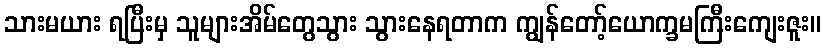
သားမယား ရပြီးမှ သူများအိမ်တွေသွား သွားနေရတာက ကျွန်တော့်ယောက္ခမကြီးကျေးဇူး။